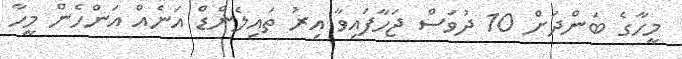
މީހާގެ ބަންދަށް 10 ދުވަސް ޖަހާފައިވާ އިރު ތައިލެންޑް އަނެއް އަންހެން މީހާ